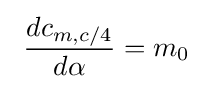
\ {dc_{m,c/4} \over d\alpha }=m_{0}